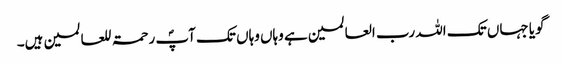
گویا جہاں تک اللہ رب العالمین ہے وہاں وہاں تک آپؐ رحمۃ للعالمین ہیں۔